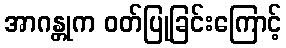
အာဂန္တုက ဝတ်ပြုခြင်းကြောင့်